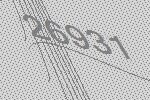
26931